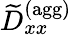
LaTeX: \widetilde{D}_{xx}^{\textrm{(agg)}}